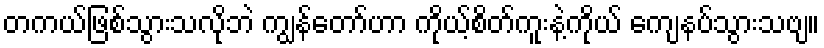
တကယ်ဖြစ်သွားသလိုဘဲ ကျွန်တော်ဟာ ကိုယ့်စိတ်ကူးနဲ့ကိုယ် ကျေနပ်သွားသဗျ။